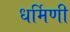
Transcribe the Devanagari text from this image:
धर्मिणी